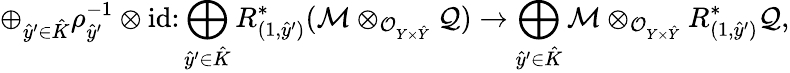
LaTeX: \begin{array}{r}{\displaystyle\oplus_{\hat{y}^{\prime}\in\hat{K}}\rho_{\hat{y}^{\prime}}^{-1}\otimes\operatorname{id}\colon\displaystyle\bigoplus_{\hat{y}^{\prime}\in\hat{K}}R_{(1,\hat{y}^{\prime})}^{*}(\mathcal M\otimes_{\mathcal O_{Y\times\hat{Y}}}\mathcal Q)\rightarrow\displaystyle\bigoplus_{\hat{y}^{\prime}\in\hat{K}}\mathcal M\otimes_{\mathcal O_{Y\times\hat{Y}}}R_{(1,\hat{y}^{\prime})}^{*}\mathcal Q,}\end{array}